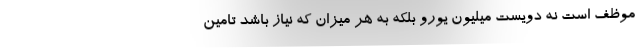
موظف است نه دویست میلیون یورو بلکه به هر میزان که نیاز باشد تامین